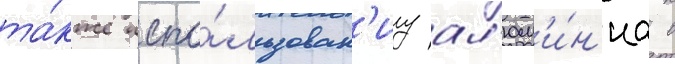
та́кже испо́льзован'иу ал'юм'и́н'иа в